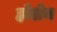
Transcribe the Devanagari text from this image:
होशेन